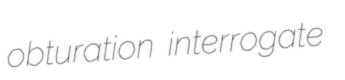
obturation interrogate